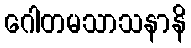
ဂေါတမသာသနာနိ